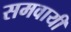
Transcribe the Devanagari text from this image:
समवायी